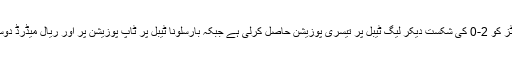
سیویا نے ریال بیٹز کو 2-0 کی شکست دیکر لیگ ٹیبل پر تیسری پوزیشن حاصل کرلی ہے جبکہ بارسلونا ٹیبل پر ٹاپ پوزیشن پر اور ریال میڈرڈ دوسرے نمبر پر ہے۔